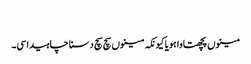
‏
مینوں پچھتاوا ہویا کیونکہ مینوں سچ سچ دسنا چاہیدا سی۔